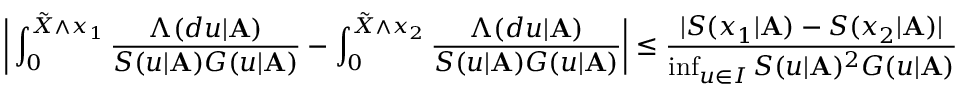
\bigg | \int _ { 0 } ^ { \tilde { X } \wedge x _ { 1 } } \frac { \Lambda ( d u | \mathbf { A } ) } { S ( u | \mathbf { A } ) G ( u | \mathbf { A } ) } - \int _ { 0 } ^ { \tilde { X } \wedge x _ { 2 } } \frac { \Lambda ( d u | \mathbf { A } ) } { S ( u | \mathbf { A } ) G ( u | \mathbf { A } ) } \bigg | \leq \frac { | S ( x _ { 1 } | \mathbf { A } ) - S ( x _ { 2 } | \mathbf { A } ) | } { \operatorname* { i n f } _ { u \in I } S ( u | \mathbf { A } ) ^ { 2 } G ( u | \mathbf { A } ) }